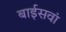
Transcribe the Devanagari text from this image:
बाईसवां